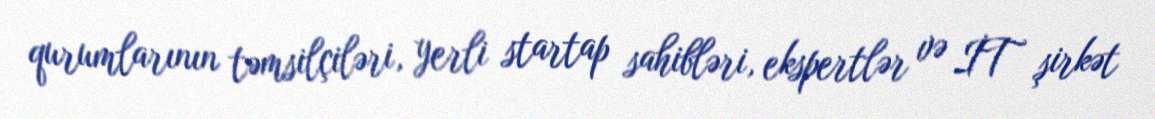
qurumlarının təmsilçiləri, yerli startap sahibləri, ekspertlər və İT şirkət